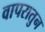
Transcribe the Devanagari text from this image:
वापरातुन